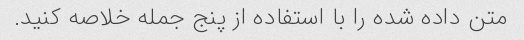
متن داده شده را با استفاده از پنج جمله خلاصه کنید.